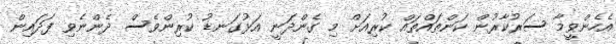
އެހެންވީމާ ސަރުކާރުން ކަންތައްތައް ކުރިއަށް މި ގެންދަނީ އަޅުގަނޑު ކުރިންވެސް ދެންނެވި ފަދައިން